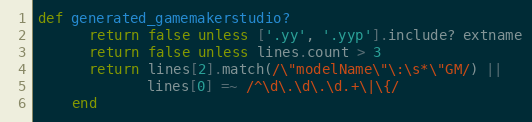
Language: Ruby
def generated_gamemakerstudio?
      return false unless ['.yy', '.yyp'].include? extname
      return false unless lines.count > 3
      return lines[2].match(/\"modelName\"\:\s*\"GM/) ||
             lines[0] =~ /^\d\.\d\.\d.+\|\{/
    end